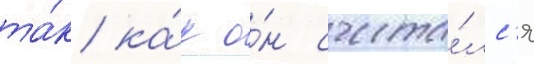
та́к ка́к о́н счита́лс'я